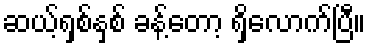
ဆယ့်ရှစ်နှစ် ခန့်တော့ ရှိလောက်ပြီ။